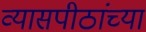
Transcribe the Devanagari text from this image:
व्यासपीठांच्या